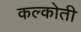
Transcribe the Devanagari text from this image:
कल्कोती